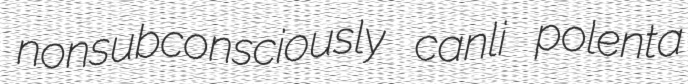
nonsubconsciously canli polenta